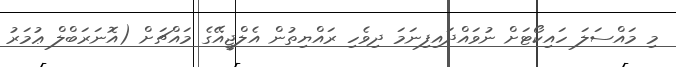
މި މައްސަލަ ހައިކޯޓަށް ނުވައްދައިފިނަމަ ދިވެހި ރައްޔިތުން އެލްޖީއޭގެ މައްޗަށް (އޮނަރަބްލް ޢުމަރު